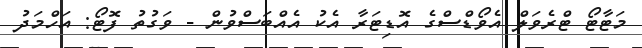
މަޓާޓޯ ޓްރެވަލް އެވޯޑްސްގެ އޮޑިޓަރާ އެކު އެއްބަސްވުން - ވަގުތު ފޮޓޯ: އަހްމަދު